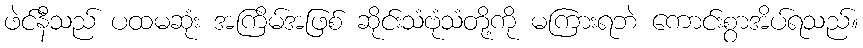
ဖဲင်နီသည် ပထမဆုံး အကြိမ်အဖြစ် ဆိုင်းသံဗုံသံတို့ကို မကြားရဘဲ ကောင်းစွာအိပ်ရသည်။